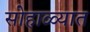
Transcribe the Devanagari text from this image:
सोहाळ्यात